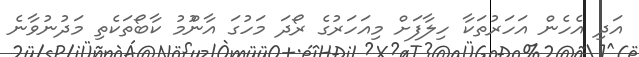
އަދި އެހެން އަހަރުތަކާ ހިލާފަށް މިއަހަރުގެ ރޯދަ މަހުގަ އާންުމު ކާބޯތަކެތި މަދުނުވާނެ